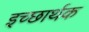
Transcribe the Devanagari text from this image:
इच्छार्थक